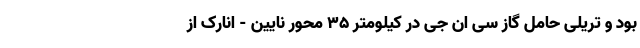
بود و تریلی حامل گاز سی ان جی در کیلومتر ۳۵ محور نایین - انارک از